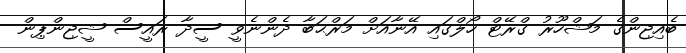
ބެއިޖިންގެ މަޝްހޫރު ގްރޭޓް ހޯލްގައި އޭނާއަށް މަރްޙަބާ ދެންނެވީ ސީދާ ރައީސް ޝީޖިންޕިން